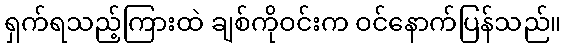
ရှက်ရသည့်ကြားထဲ ချစ်ကိုဝင်းက ဝင်နောက်ပြန်သည်။